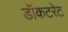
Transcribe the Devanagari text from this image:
डॉकटरेट